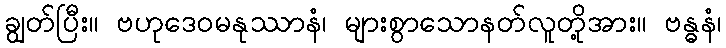
ချွတ်ပြီး။ ဗဟုဒေဝမနုဿာနံ၊ များစွာသောနတ်လူတို့အား။ ဗန္ဓနံ၊